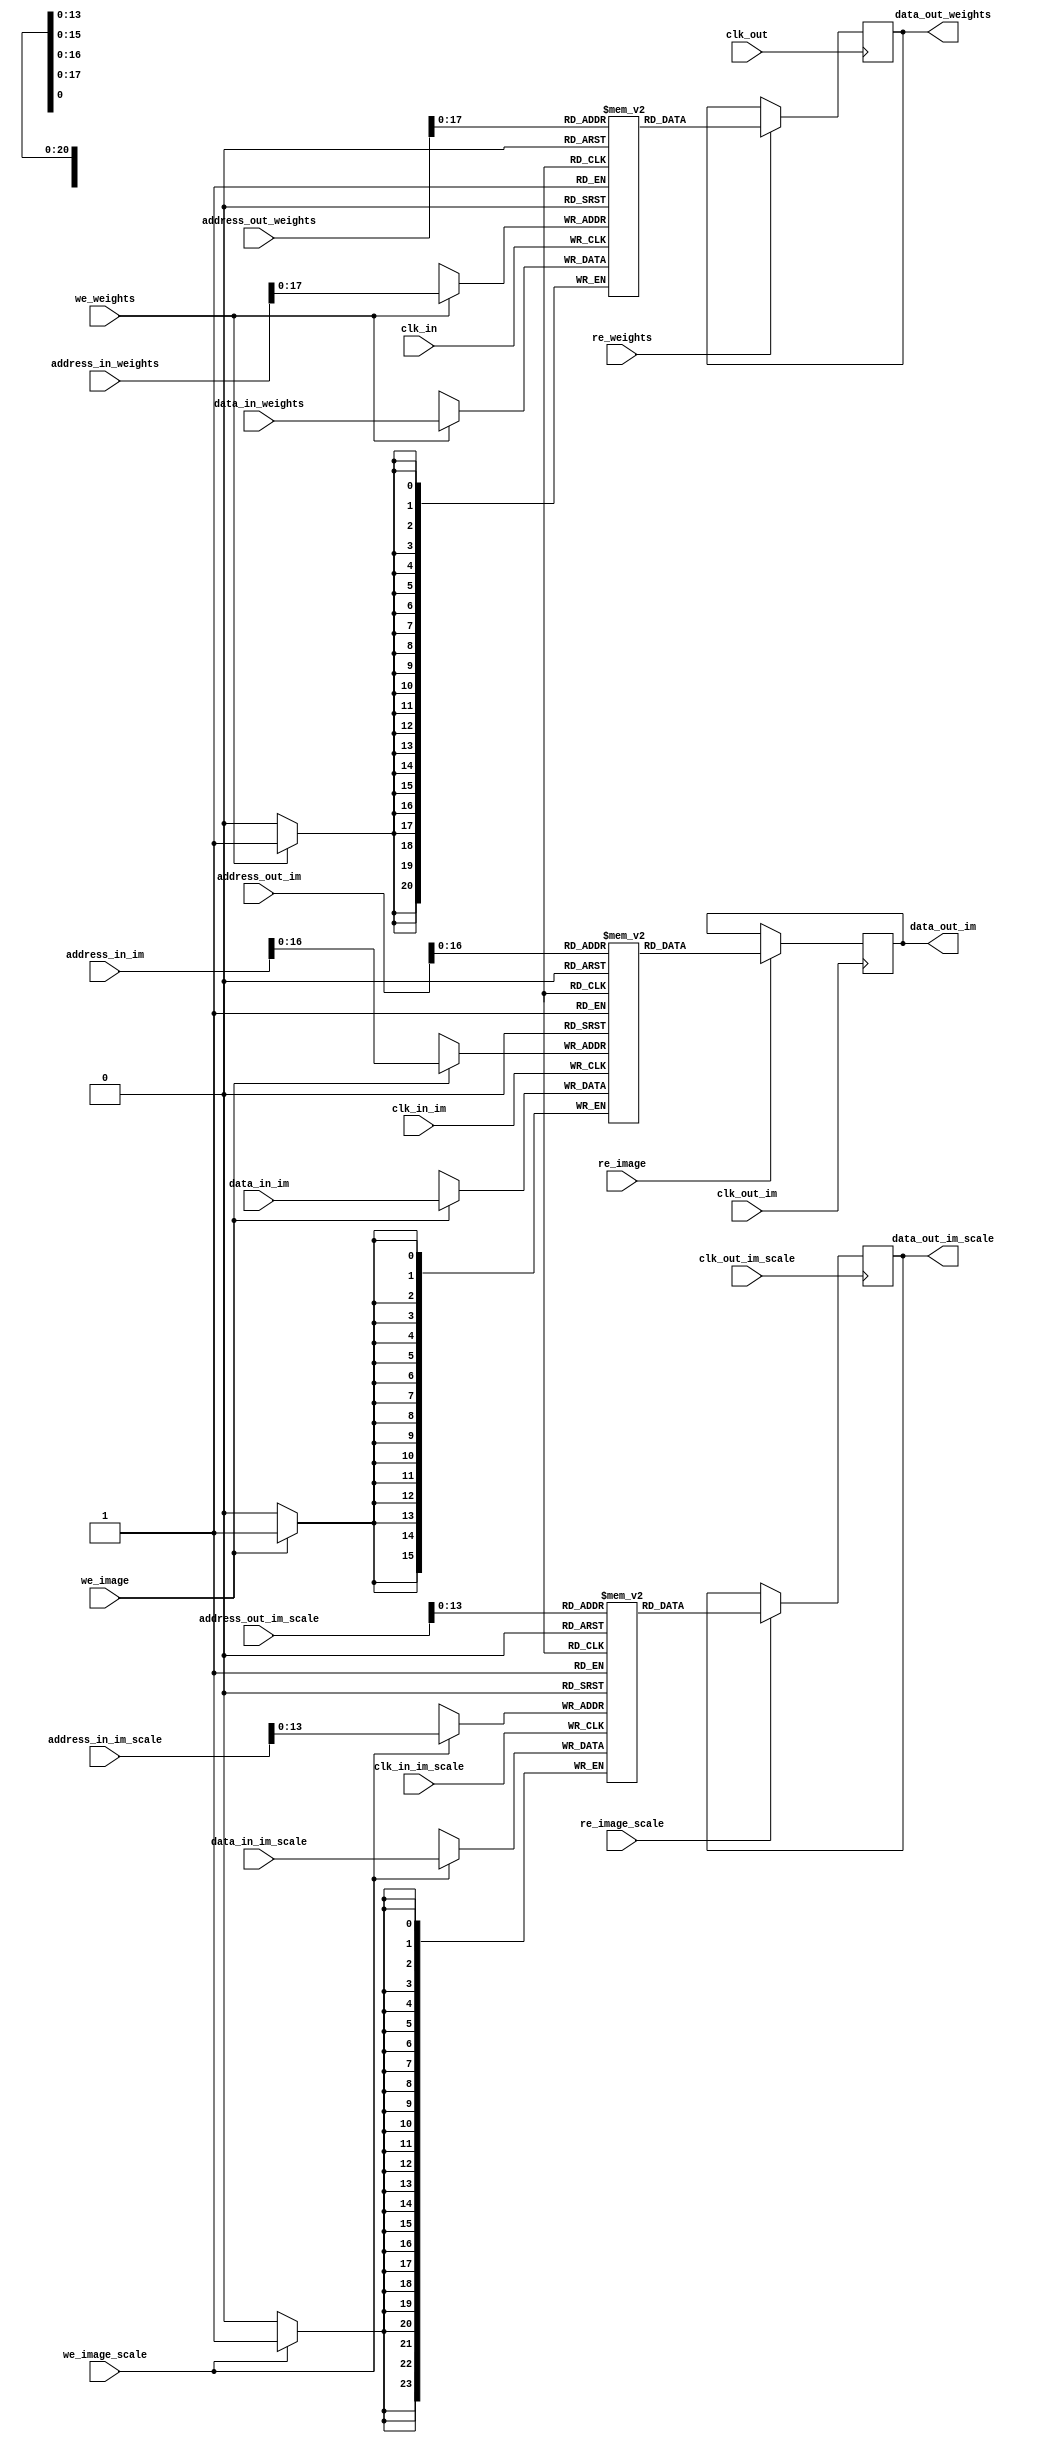
module RAM_general(
input clk_in,
input clk_out,
input clk_in_im,
input clk_out_im,
input clk_in_im_scale,
input clk_out_im_scale,

input [15:0] data_in_im,
output reg [15:0] data_out_im,
input [18:0] address_in_im,
input [18:0] address_out_im,
input we_image,
input re_image,

input [23:0] data_in_im_scale,
output reg [23:0] data_out_im_scale,
input [15:0] address_in_im_scale,
input [15:0] address_out_im_scale,
input we_image_scale,
input re_image_scale,

input [20:0] data_in_weights,
output reg [20:0] data_out_weights,
input [23:0] address_in_weights,
input [23:0] address_out_weights,
input we_weights,
input re_weights

);

reg signed [15:0] ram_image [0:70800-1];
reg signed [23:0] ram_scale_image [0:128*128-1];
reg signed [20:0] ram_weights [0:(208115+2736)];

always @(posedge clk_in)	if (we_weights) ram_weights[address_in_weights] = data_in_weights;

always @(posedge clk_out)	if (re_weights) data_out_weights = ram_weights[address_out_weights];

always @(posedge clk_in_im) if (we_image)	ram_image[address_in_im] = data_in_im;

always @(posedge clk_out_im) if (re_image) data_out_im = ram_image[address_out_im];

always @(posedge clk_in_im_scale) if (we_image_scale)	ram_scale_image[address_in_im_scale] = data_in_im_scale;

always @(posedge clk_out_im_scale) if (re_image_scale) data_out_im_scale = ram_scale_image[address_out_im_scale];

endmodule